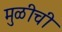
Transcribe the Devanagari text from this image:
मुळीची